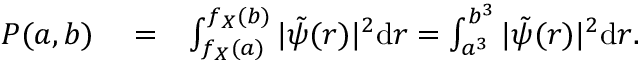
\begin{array} { r l r } { P ( a , b ) } & { { } = } & { \int _ { f _ { X } ( a ) } ^ { f _ { X } ( b ) } | \tilde { \psi } ( r ) | ^ { 2 } { \textrm d } r = \int _ { a ^ { 3 } } ^ { b ^ { 3 } } | \tilde { \psi } ( r ) | ^ { 2 } { \textrm d } r . } \end{array}